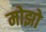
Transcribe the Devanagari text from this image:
मोझो